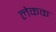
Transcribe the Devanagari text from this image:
लेकक